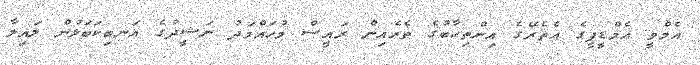
އެމްވީ އެމްޑީޕީގެ އެތެރޭގެ އިންތިޙާބުގެ ތެރެއިން ރައީސް މުހައްމަދު ނަޝީދުގެ އަނބިކަބަލުން ލައިލާ